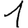
Digit: 1